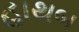
હાથબ